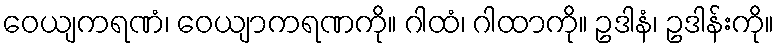
ဝေယျကရဏံ၊ ဝေယျာကရဏကို။ ဂါထံ၊ ဂါထာကို။ ဥဒါနံ၊ ဥဒါန်းကို။